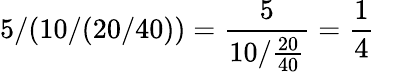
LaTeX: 5/(10/(20/40))={\frac{5}{10/{\frac{20}{40}}}}={\frac{1}{4}}\quad